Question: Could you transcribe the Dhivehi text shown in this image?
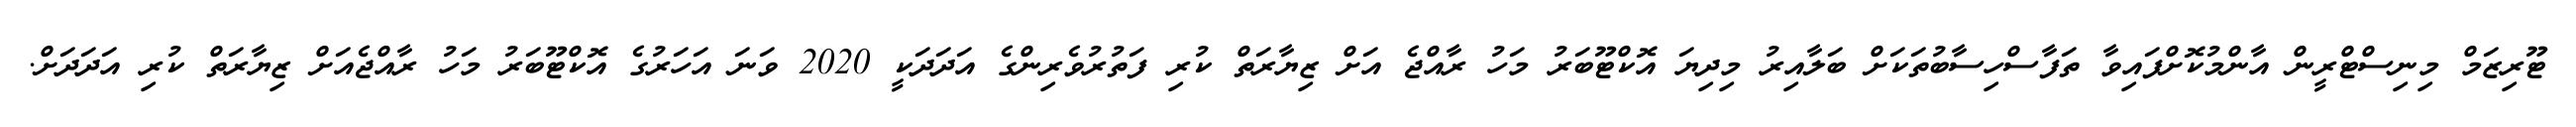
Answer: ޓޫރިޒަމް މިނިސްޓްރީން އާންމުކޮށްފައިވާ ތަފާސްހިސާބުތަކަށް ބަލާއިރު މިދިޔަ އޮކްޓޫބަރު މަހު ރާއްޖެ އަށް ޒިޔާރަތް ކުރި ފަތުރުވެރިންގެ އަދަދަކީ 2020 ވަނަ އަހަރުގެ އޮކްޓޫބަރު މަހު ރާއްޖެއަށް ޒިޔާރަތް ކުރި އަދަދަށް.